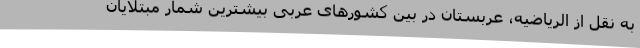
به نقل از الریاضیه، عربستان در بین کشورهای عربی بیشترین شمار مبتلایان